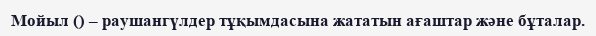
Мойыл () – раушангүлдер тұқымдасына жататын ағаштар және бұталар.